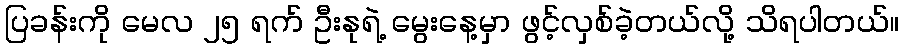
ပြခန်းကို မေလ ၂၅ ရက် ဦးနုရဲ့ မွေးနေ့မှာ ဖွင့်လှစ်ခဲ့တယ်လို့ သိရပါတယ်။